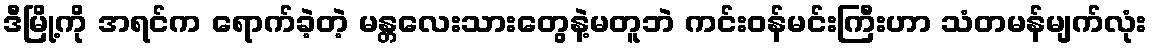
ဒီမြို့ကို အရင်က ရောက်ခဲ့တဲ့ မန္တလေးသားတွေနဲ့မတူဘဲ ကင်းဝန်မင်းကြီးဟာ သံတမန်မျက်လုံး